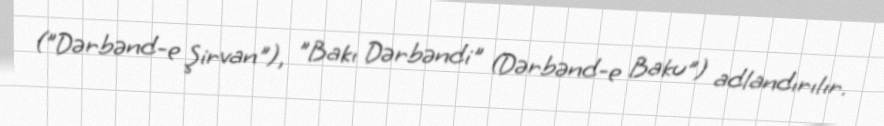
("Dərbənd-e Şirvan"), "Bakı Dərbəndi" (Dərbənd-e Baku") adlandırılır.